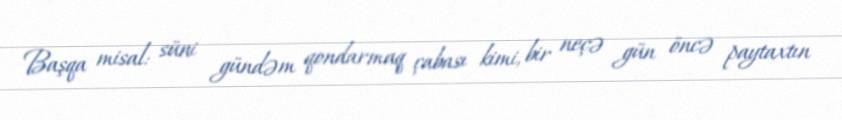
Başqa misal: süni gündəm qondarmaq çabası kimi, bir neçə gün öncə paytaxtın